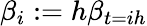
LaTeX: \beta_{i}:=h\beta_{t=ih}